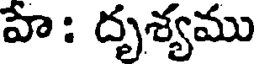
వా: దృశ్యము